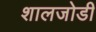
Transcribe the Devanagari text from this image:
शालजोडी